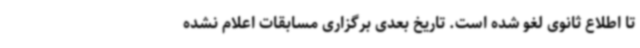
تا اطلاع ثانوی لغو شده است. تاریخ بعدی برگزاری مسابقات اعلام نشده